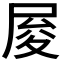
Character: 𡱥